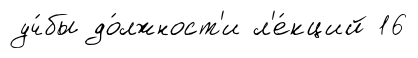
уч́бы до́лжност'и л'е́кций 16